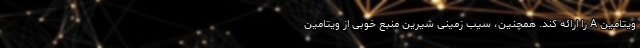
ویتامین A را ارائه کند. همچنین، سیب زمینی شیرین منبع خوبی از ویتامین